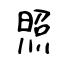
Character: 照